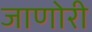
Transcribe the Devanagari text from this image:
जाणोरी